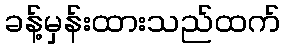
ခန့်မှန်းထားသည်ထက်